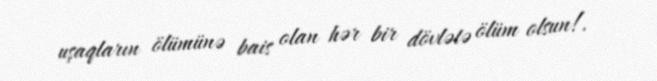
uşaqların ölümünə bais olan hər bir dövlətə ölüm olsun!.